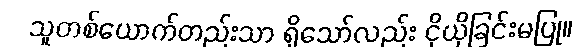
သူတစ်ယောက်တည်းသာ ရှိသော်လည်း ငိုယိုခြင်းမပြု။